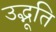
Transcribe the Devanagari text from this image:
उद्भूति